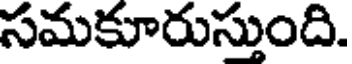
సమకూరుస్తుంది.